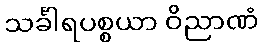
သင်္ခါရပစ္စယာ ဝိညာဏံ